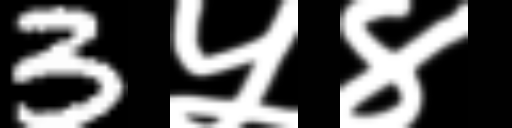
Text: 3५४